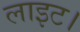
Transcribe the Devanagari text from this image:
लाइट।